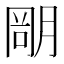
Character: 𣎁